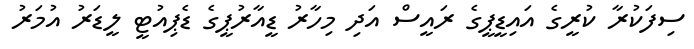
ސިފަކުރާ ކުރީގެ އައިޑީޕީގެ ރައީސް އަދި މިހާރު ޑީއާރުޕީގެ ޑެޕިއުޓީ ލީޑަރު އުމަރު